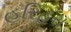
હરિહરા